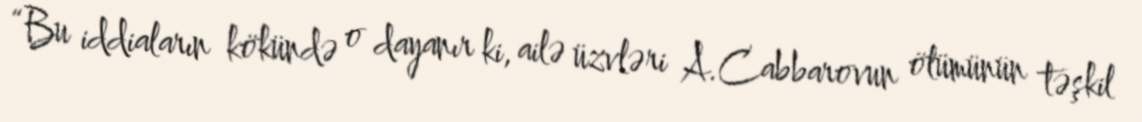
“Bu iddiaların kökündə o dayanır ki, ailə üzvləri A.Cabbarovun ölümünün təşkil